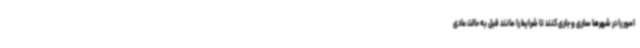
امور را در شهرها ساری و جاری کنند تا شرایط را مانند قبل به حالت عادی